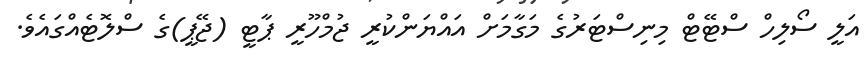
އަލީ ސޯލިހް ސްޓޭޓް މިނިސްޓަރުގެ މަގާމަށް އައްޔަންކުރީ ޖުމްހޫރީ ޕާޓީ (ޖޭޕީ)ގެ ސްލޮޓެއްގައެވެ.